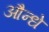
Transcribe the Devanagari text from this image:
औन्धे